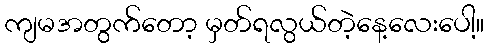
ကျမအတွက်တော့ မှတ်ရလွယ်တဲ့နေ့လေးပေါ့။